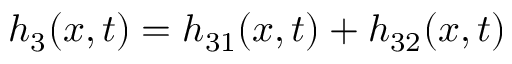
h _ { 3 } ( x , t ) = h _ { 3 1 } ( x , t ) + h _ { 3 2 } ( x , t )